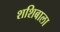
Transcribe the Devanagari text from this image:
शशिबाला